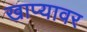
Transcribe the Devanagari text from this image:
खाप्यावर